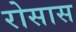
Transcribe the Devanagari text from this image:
रोसास